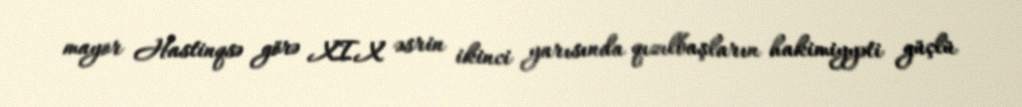
mayor Hastinqsə görə XIX əsrin ikinci yarısında qızılbaşların hakimiyyəti güçlü